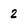
Character: 2